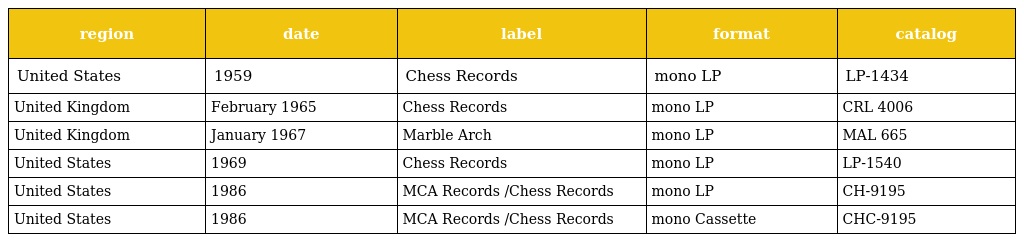
| region | date | label | format | catalog |
 | --- | --- | --- | --- | --- |
 | United States | 1959 | Chess Records | mono LP | LP-1434 |
 | United Kingdom | February 1965 | Chess Records | mono LP | CRL 4006 |
 | United Kingdom | January 1967 | Marble Arch | mono LP | MAL 665 |
 | United States | 1969 | Chess Records | mono LP | LP-1540 |
 | United States | 1986 | MCA Records /Chess Records | mono LP | CH-9195 |
 | United States | 1986 | MCA Records /Chess Records | mono Cassette | CHC-9195 |